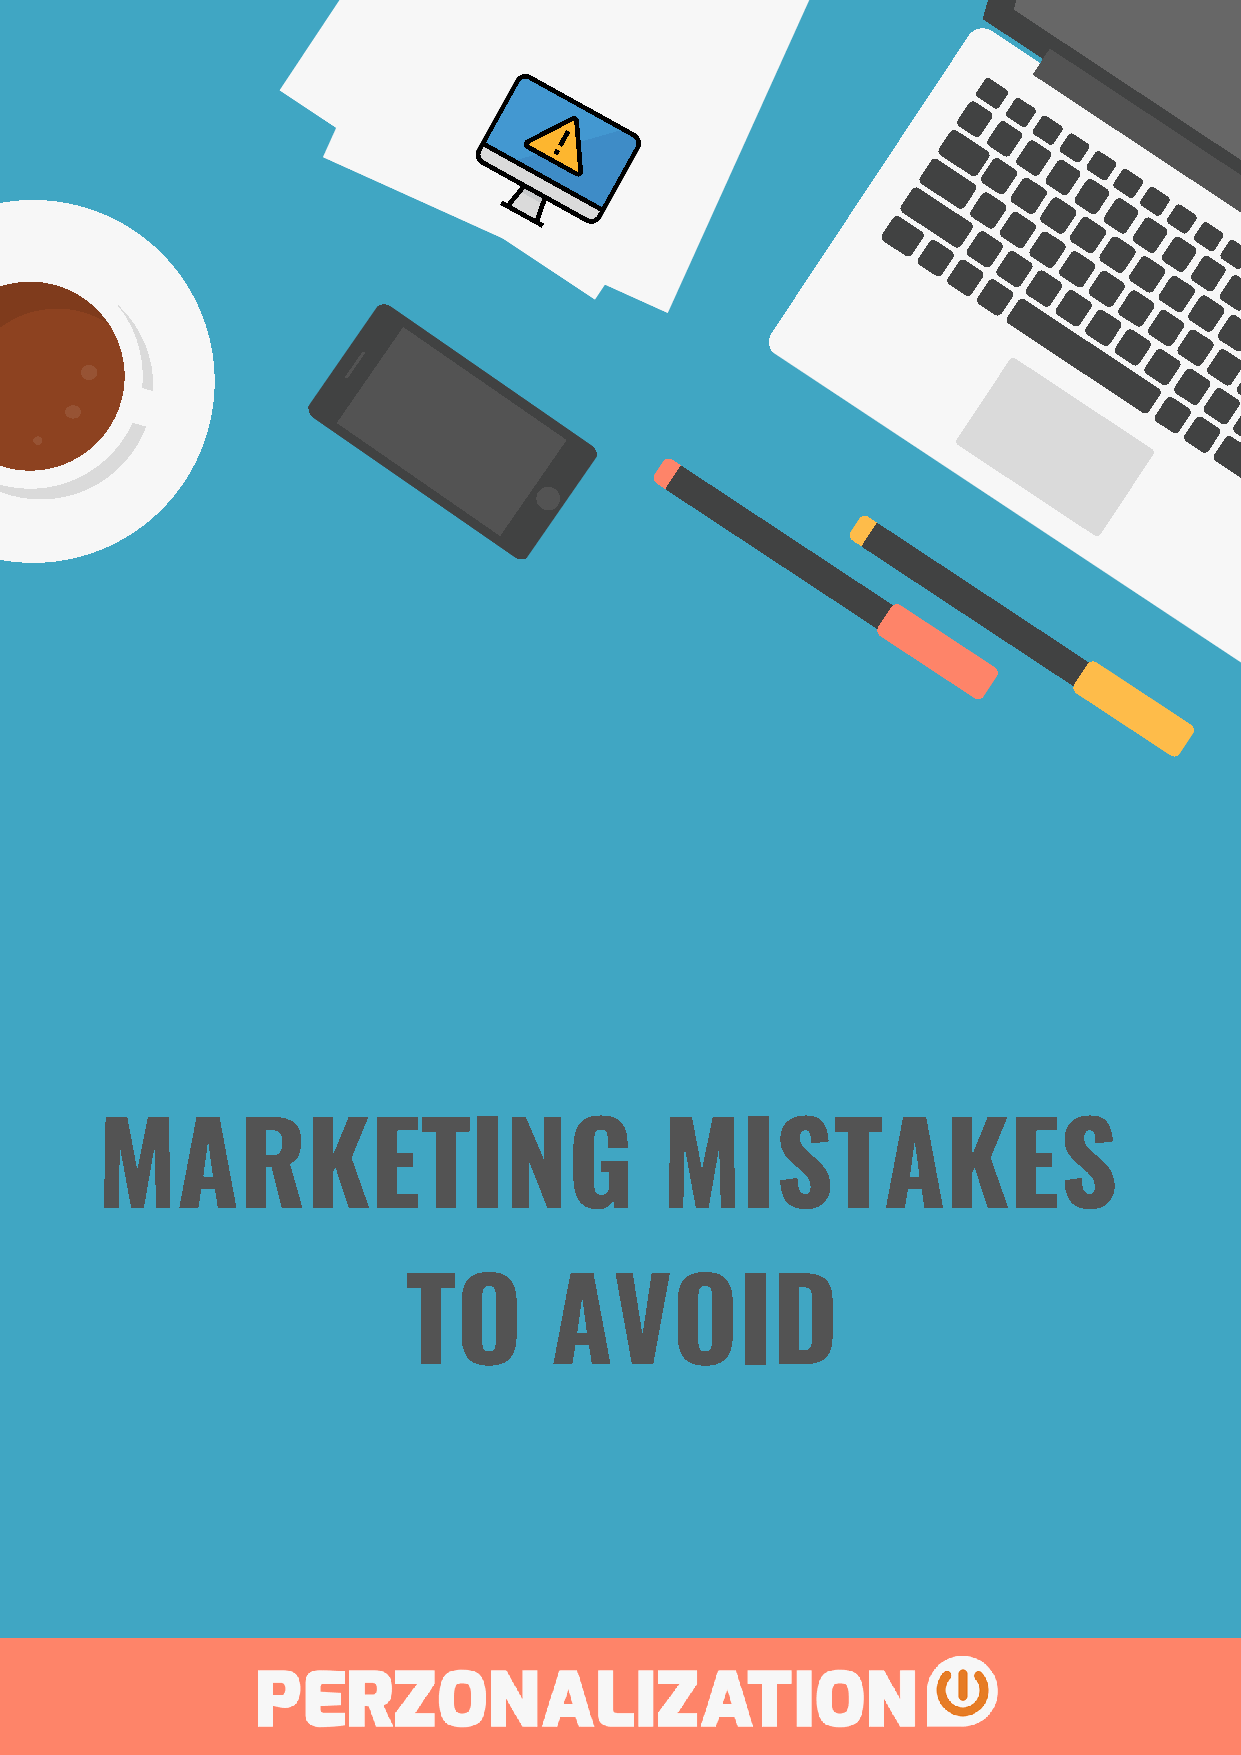
MARKETING                             MISTAKES
 TO       AVOID